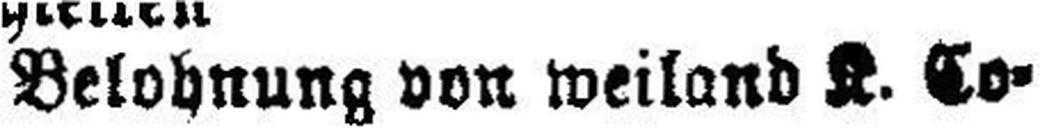
Belohnung von weiland K. Co¬